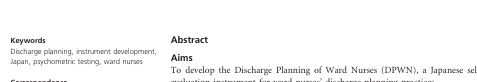
<table><thead><tr><td></td><td><b>No. of items</b></td><td><b>Cronbach&#x27;s alpha</b></td><td><b>ICC</b></td></tr></thead><tbody><tr><td>DPWN (Total score)</td><td>24</td><td>0·95</td><td>0·74</td></tr><tr><td>Subscale 1: Teaching home‐care skills with community/hospital professionals</td><td>8</td><td>0·93</td><td>0·67</td></tr><tr><td>Subscale 2: Identifying clients’ potential needs early in the discharge process</td><td>5</td><td>0·86</td><td>0·55</td></tr><tr><td>Subscale 3: Introducing social resources</td><td>4</td><td>0·91</td><td>0·62</td></tr><tr><td>Subscale 4: Identifying client/family wishes and building consensus for discharge</td><td>7</td><td>0·91</td><td>0·69</td></tr></tbody></table>